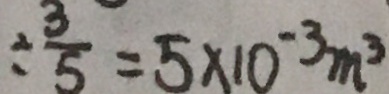
\div \frac { 3 } { 5 } = 5 \times 1 0 ^ { - 3 } m ^ { 3 }